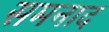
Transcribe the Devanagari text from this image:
समनाद